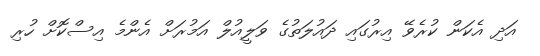
އަދި އެކަން ކުރެވޭ އިރުގައި ދައުލަތުގެ ވަލީއުލް އަމުރަށް އެންމެ އިސްކޮށް ހުރި